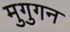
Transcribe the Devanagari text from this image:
मुगुगन